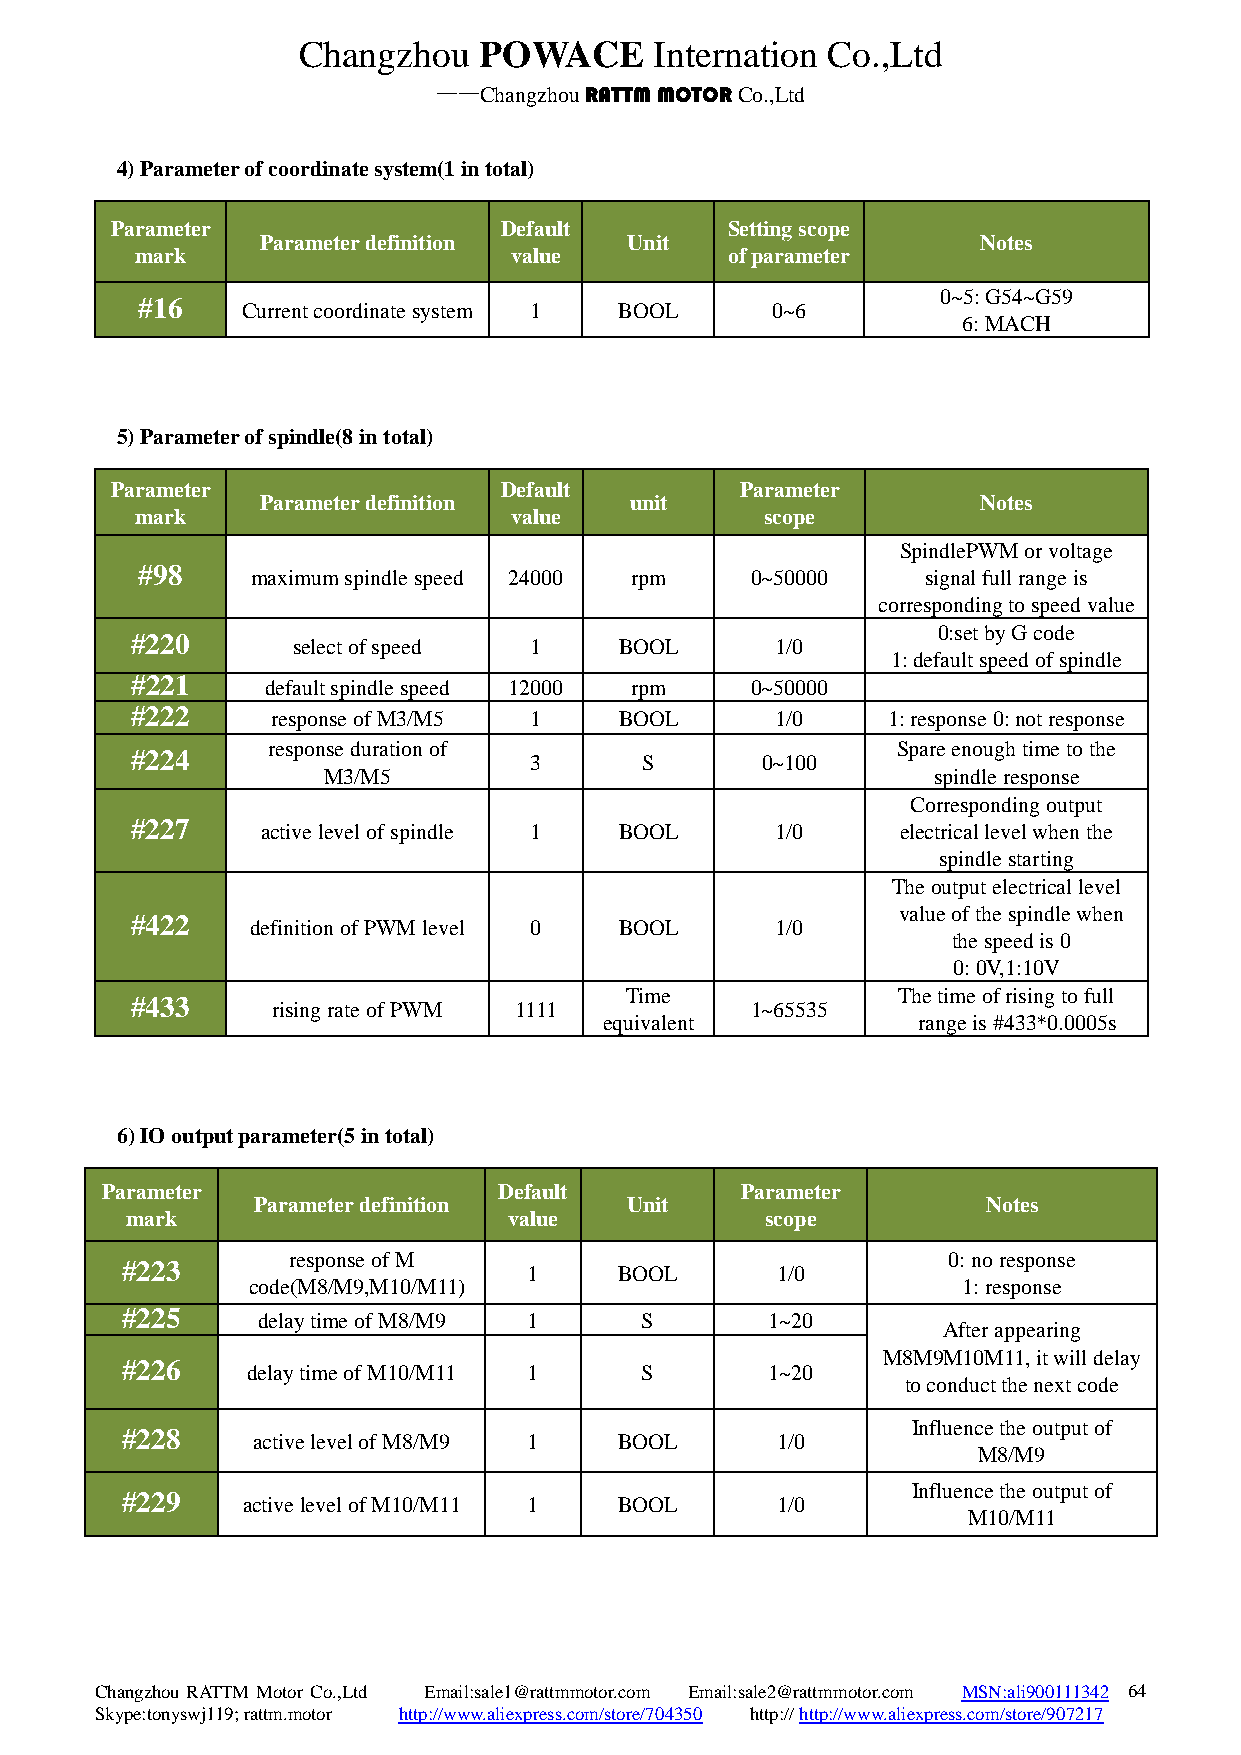
Changzhou   POWACE     Internation Co.,Ltd
 ——Changzhou RATTM MOTOR Co.,Ltd
 4) Parameter of coordinate system(1 in total)
 Parameter                 Default        Setting scope
 Parameter definition     Unit                   Notes
 mark                     value         of parameter
 0~5: G54~G59
 #16    Current coordinate system 1 BOOL   0~6
 6: MACH
 5) Parameter of spindle(8 in total)
 Parameter                 Default         Parameter
 Parameter definition     unit                   Notes
 mark                     value            scope
 SpindlePWM or voltage
 #98     maximum spindle speed 24000 rpm  0~50000    signal full range is
 corresponding to speed value
 0:set by G code
 #220      select of speed 1     BOOL      1/0
 1: default speed of spindle
 #221     default spindle speed 12000 rpm 0~50000
 #222     response of M3/M5 1    BOOL      1/0     1: response 0: not response
 response duration of                     Spare enough time to the
 #224                      3       S      0~100
 M3/M5                                    spindle response
 Corresponding output
 #227    active level of spindle 1 BOOL    1/0      electrical level when the
 spindle starting
 The output electrical level
 value of the spindle when
 #422    definition of PWM level 0 BOOL    1/0
 the speed is 0
 0: 0V,1:10V
 Time              The time of rising to full
 #433     rising rate of PWM 1111         1~65535
 equivalent           range is #433*0.0005s
 6) IO output parameter(5 in total)
 Parameter                 Default         Parameter
 Parameter definition    Unit                    Notes
 mark                      value            scope
 response of M                               0: no response
 #223                       1     BOOL      1/0
 code(M8/M9,M10/M11)                             1: response
 #225     delay time of M8/M9 1    S        1~20
 After appearing
 M8M9M10M11, it will delay
 #226    delay time of M10/M11 1   S        1~20
 to conduct the next code
 Influence the output of
 #228     active level of M8/M9 1 BOOL      1/0
 M8/M9
 Influence the output of
 #229    active level of M10/M11 1 BOOL     1/0
 M10/M11
 Changzhou RATTM Motor Co.,Ltd Email:sale1@rattmmotor.com Email:sale2@rattmmotor.com MSN:ali900111342 6 4
 Skype:tonyswj119; rattm.motor http://www.aliexpress.com/store/704350 http:// http://www.aliexpress.com/store/907217